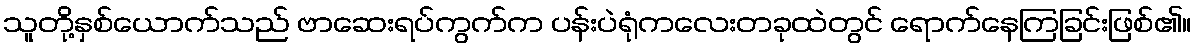
သူတို့နှစ်ယောက်သည် ဗာဆေးရပ်ကွက်က ပန်းပဲရုံကလေးတခုထဲတွင် ရောက်နေကြခြင်းဖြစ်၏။